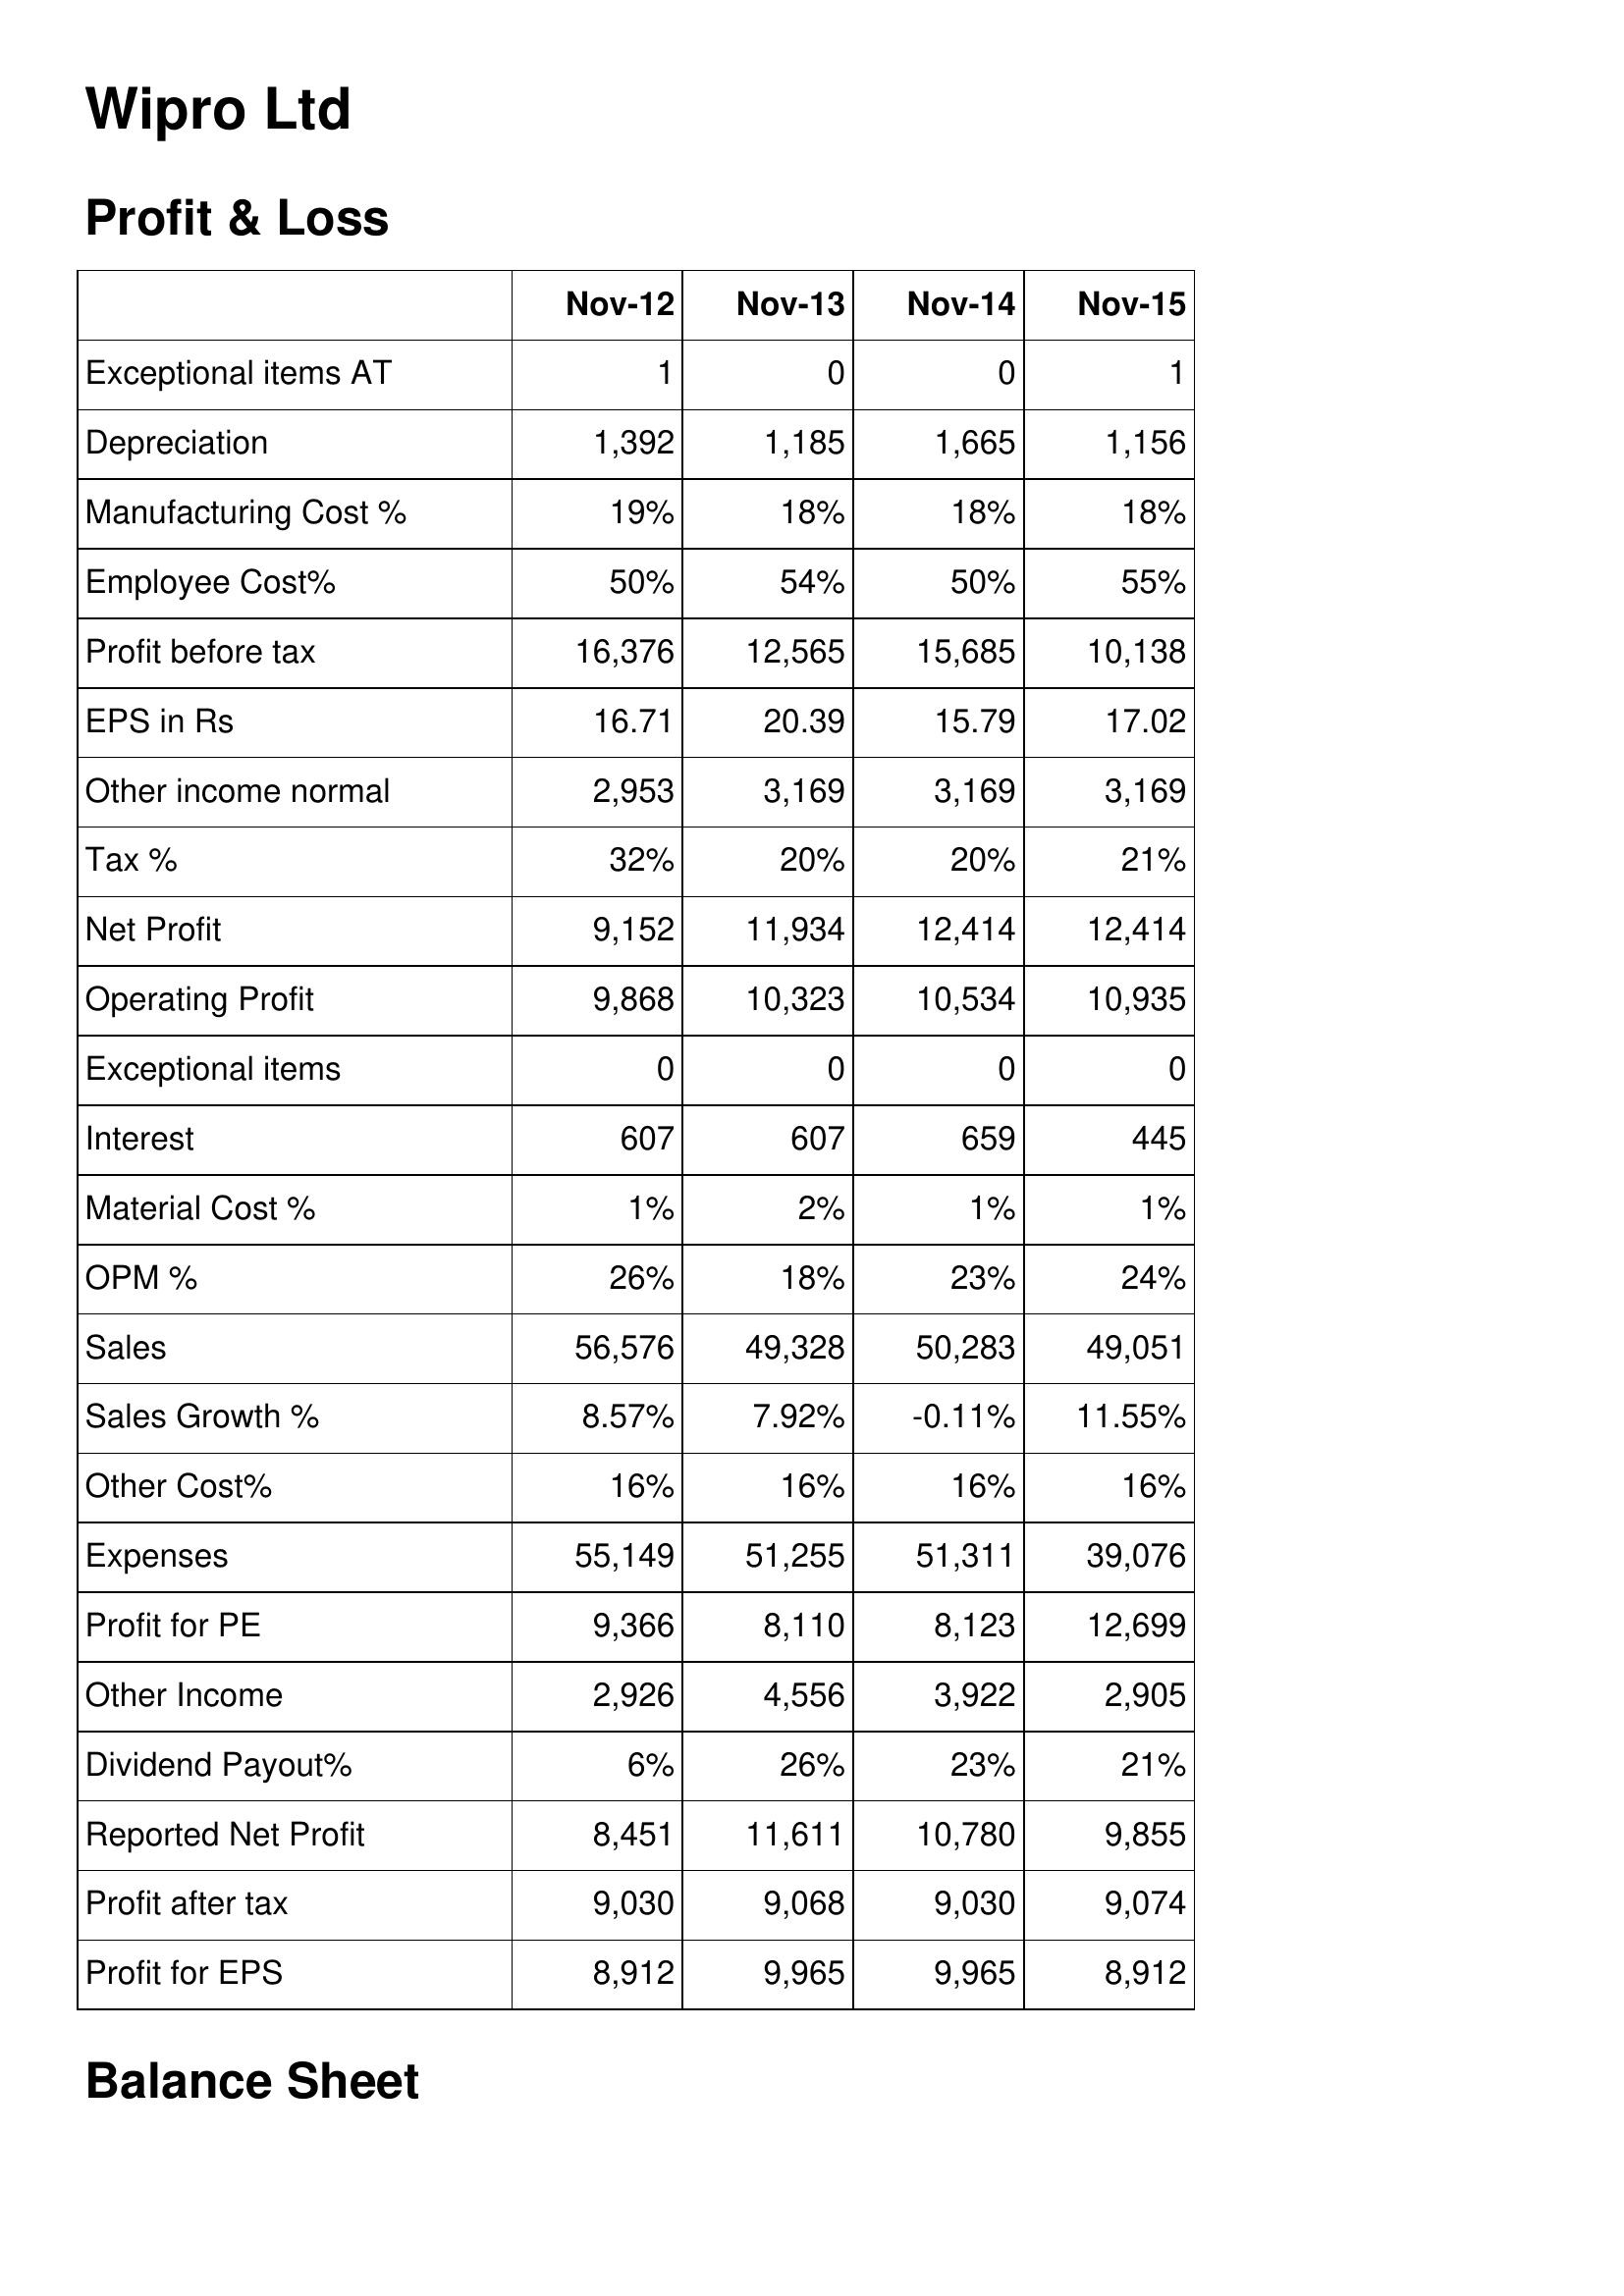
Nov-12: Profit & Loss: Exceptional items AT: 1
Depreciation: 1,392
Manufacturing Cost %: 19%
Employee Cost%: 50%
Profit before tax: 16,376
EPS in Rs: 16.71
Other income normal: 2,953
Tax %: 32%
Net Profit: 9,152
Operating Profit: 9,868
Exceptional items: 0
Interest: 607
Material Cost %: 1%
OPM %: 26%
Sales: 56,576
Sales Growth %: 8.57%
Other Cost%: 16%
Expenses: 55,149
Profit for PE: 9,366
Other Income: 2,926
Dividend Payout%: 6%
Reported Net Profit: 8,451
Profit after tax: 9,030
Profit for EPS: 8,912
Nov-13: Profit & Loss: Exceptional items AT: 0
Depreciation: 1,185
Manufacturing Cost %: 18%
Employee Cost%: 54%
Profit before tax: 12,565
EPS in Rs: 20.39
Other income normal: 3,169
Tax %: 20%
Net Profit: 11,934
Operating Profit: 10,323
Exceptional items: 0
Interest: 607
Material Cost %: 2%
OPM %: 18%
Sales: 49,328
Sales Growth %: 7.92%
Other Cost%: 16%
Expenses: 51,255
Profit for PE: 8,110
Other Income: 4,556
Dividend Payout%: 26%
Reported Net Profit: 11,611
Profit after tax: 9,068
Profit for EPS: 9,965
Nov-14: Profit & Loss: Exceptional items AT: 0
Depreciation: 1,665
Manufacturing Cost %: 18%
Employee Cost%: 50%
Profit before tax: 15,685
EPS in Rs: 15.79
Other income normal: 3,169
Tax %: 20%
Net Profit: 12,414
Operating Profit: 10,534
Exceptional items: 0
Interest: 659
Material Cost %: 1%
OPM %: 23%
Sales: 50,283
Sales Growth %: -0.11%
Other Cost%: 16%
Expenses: 51,311
Profit for PE: 8,123
Other Income: 3,922
Dividend Payout%: 23%
Reported Net Profit: 10,780
Profit after tax: 9,030
Profit for EPS: 9,965
Nov-15: Profit & Loss: Exceptional items AT: 1
Depreciation: 1,156
Manufacturing Cost %: 18%
Employee Cost%: 55%
Profit before tax: 10,138
EPS in Rs: 17.02
Other income normal: 3,169
Tax %: 21%
Net Profit: 12,414
Operating Profit: 10,935
Exceptional items: 0
Interest: 445
Material Cost %: 1%
OPM %: 24%
Sales: 49,051
Sales Growth %: 11.55%
Other Cost%: 16%
Expenses: 39,076
Profit for PE: 12,699
Other Income: 2,905
Dividend Payout%: 21%
Reported Net Profit: 9,855
Profit after tax: 9,074
Profit for EPS: 8,912